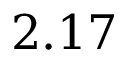
2 . 1 7